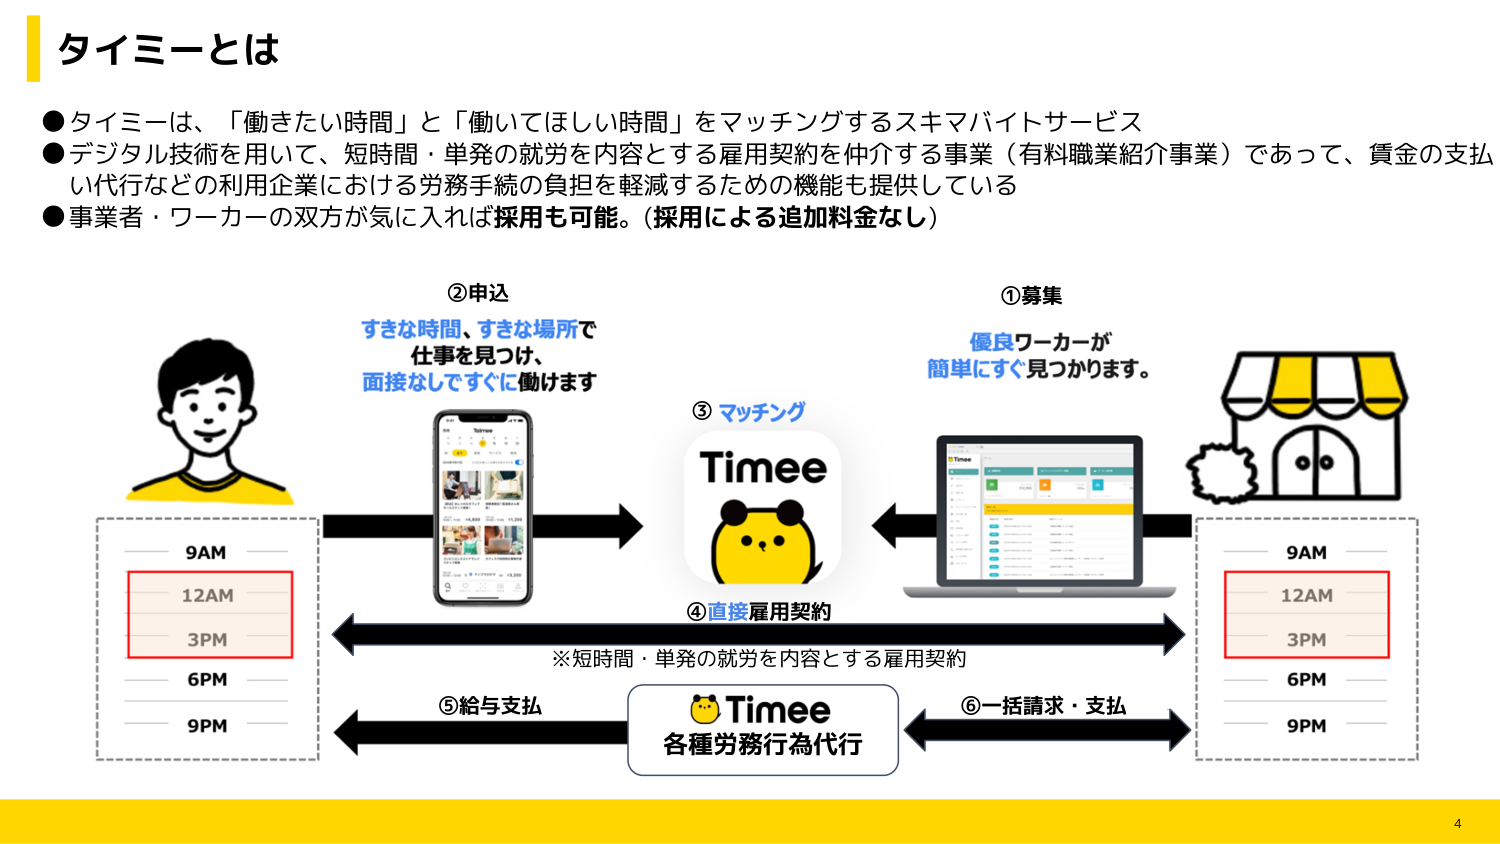
タイミーとは

●タイミーは、「働きたい時間」と「働いてほしい時間」をマッチングするスキマバイトサービス
●デジタル技術を用いて、短時間・単発の就労を内容とする雇用契約を仲介する事業（有料職業紹介事業）であって、賃金の支払い代行などの利用企業における労務手続の負担を軽減するための機能も提供している
●事業者・ワーカーの双方が気に入れば採用も可能。（採用による追加料金なし）

②申込
すきな時間、すきな場所で
仕事を見つけ、
面接なしですぐに働けます

①募集
優良ワーカーが
簡単にすぐ見つかります。

③マッチング
Timee

④直接雇用契約
※短時間・単発の就労を内容とする雇用契約

⑤給与支払
⑥一括請求・支払

Timee
各種労務行為代行

9AM
12AM
3PM
6PM
9PM

9AM
12AM
3PM
6PM
9PM

4